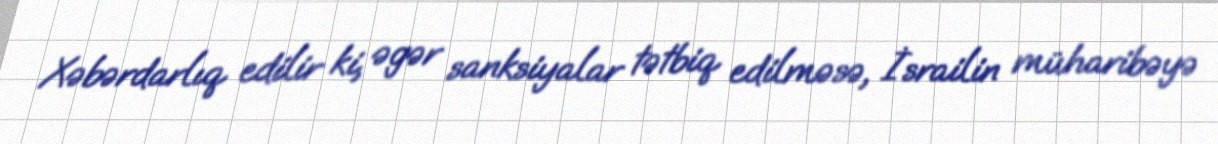
Xəbərdarlıq edilir ki, əgər sanksiyalar tətbiq edilməsə, İsrailin müharibəyə